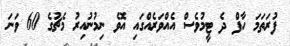
ފުރަތަމަ ހާފް ދެ ޓީމުވެސް އެއްވަރެއްގައި އޮވެ ނިމުނުއިރު މެޗުގެ 60 ވަނަ